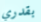
بقدري